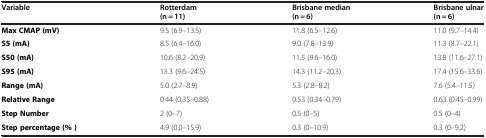
| Variable | Rotterdam | Brisbane median | Brisbane ulnar |
 |  | (n = 11) | (n = 6) | (n = 6) |
 | --- | --- | --- | --- |
 | Max CMAP (mV) | 9.5 (6.9–13.5) | 11.8 (6.5–12.6) | 11.0 (9.7–14.4) |
 | S5 (mA) | 8.5 (6.4–16.0) | 9.0 (7.8–13.9) | 11.3 (8.7–22.1) |
 | S50 (mA) | 10.6 (8.2–20.9) | 11.5 (9.6–16.0) | 13.8 (11.6–27.1) |
 | S95 (mA) | 13.3 (9.6–24.5) | 14.3 (11.2–20.3) | 17.4 (15.6–33.6) |
 | Range (mA) | 5.0 (2.7–8.9) | 5.3 (2.8–8.2) | 7.6 (5.4–11.5) |
 | Relative Range | 0.44 (0.35–0.88) | 0.53 (0.34–0.79) | 0.63 (0.45–0.99) |
 | Step Number | 2 (0–7) | 0.5 (0–5) | 0.5 (0–4) |
 | Step percentage (% ) | 4.9 (0.0–15.9) | 0.3 (0–10.9) | 0.3 (0–9.2) |